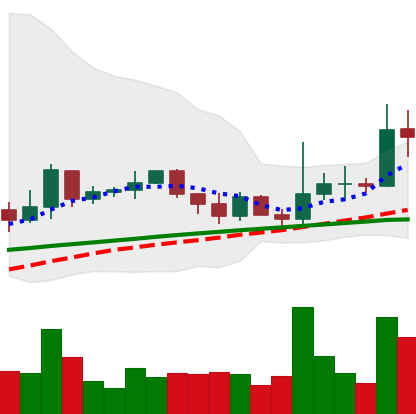
Ticker: XRP-USD
Chart end date: 2021-03-21
Forward return: 9.084%
Label: up_7plus